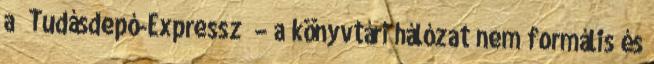
a „Tudásdepó-Expressz” – a könyvtári hálózat nem formális és